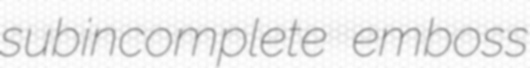
subincomplete emboss